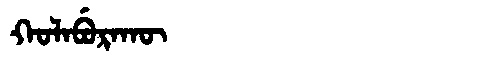
Manchu: ᡴᠣᠯᠠᠪᡠᡵᠠᡴᡡ
Romanization: KOLABURAKŪ